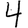
Digit: 4